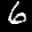
Label: 6